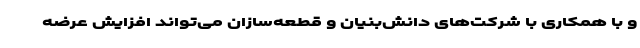
و با همکاری با شرکت‌های دانش‌بنیان و قطعه‌سازان می‌تواند افزایش عرضه